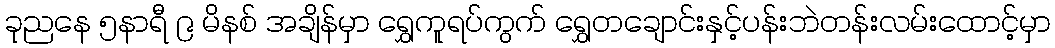
ခုညနေ ၅နာရီ ၉ မိနစ် အချိန်မှာ ရွှေကူရပ်ကွက် ရွှေတချောင်းနှင့်ပန်းဘဲတန်းလမ်းထောင့်မှာ